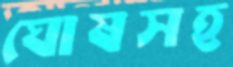
ঘোষসহ